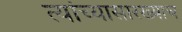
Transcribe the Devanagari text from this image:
त्यांच्यासारख्याच